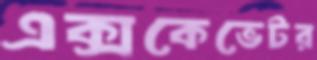
এক্সকেভেটর